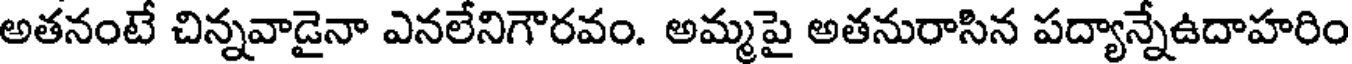
అతనంటే చిన్నవాడైనా ఎనలేనిగౌరవం. అమ్మపై అతనురాసిన పద్యాన్నేఉదాహరిం